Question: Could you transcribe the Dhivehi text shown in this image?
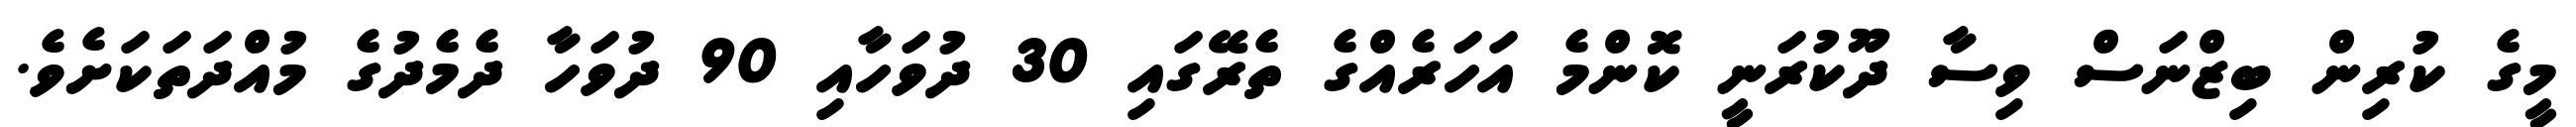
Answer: މީގެ ކުރިން ބިޒްނަސް ވިސާ ދޫކުރަނީ ކޮންމެ އަހަރެއްގެ ތެރޭގައި 30 ދުވަހާއި 90 ދުވަހާ ދެމެދުގެ މުއްދަތަކަށެވެ.